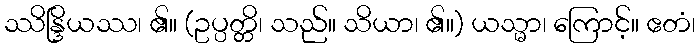
ဿိန္ဒြိယဿ၊ ၏။ (ဥပ္ပတ္တိ၊ သည်။ သိယာ၊ ၏။) ယသ္မာ၊ ကြောင့်။ ဧတံ၊